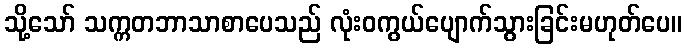
သို့သော် သက္ကတဘာသာစာပေသည် လုံးဝကွယ်ပျောက်သွားခြင်းမဟုတ်ပေ။